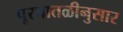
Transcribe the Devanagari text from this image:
पूरपातळीनुसार